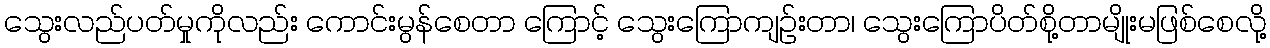
သွေးလည်ပတ်မှုကိုလည်း ကောင်းမွန်စေတာ ကြောင့် သွေးကြောကျဉ်းတာ၊ သွေးကြောပိတ်စို့တာမျိုးမဖြစ်စေလို့